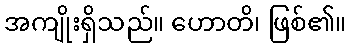
အကျိုးရှိသည်။ ဟောတိ၊ ဖြစ်၏။